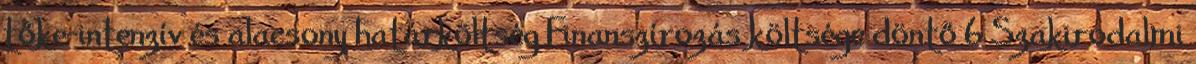
tőke-intenzív és alacsony határköltség Finanszírozás költsége döntő 6 Szakirodalmi